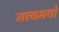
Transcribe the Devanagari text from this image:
सत्त्वमयो